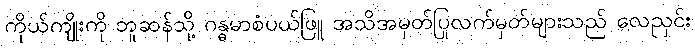
ကိုယ်ကျိုးကို ဘူဆန်သို့ ဂန္ဓမာစံပယ်ဖြူ အသိအမှတ်ပြုလက်မှတ်များသည် လေညှင်း